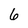
Character: 6